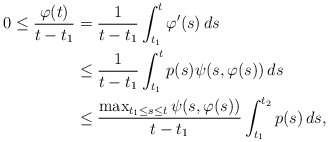
\begin{align*}0 \le \dfrac{\varphi(t)}{t-t_1} &= \dfrac{1}{t-t_1}\int_{t_1}^t{\varphi'(s) \, ds} \\& \le \dfrac{1}{t-t_1}\int_{t_1}^t{p(s) \psi(s,\varphi(s)) \, ds} \\& \le \dfrac{\max_{t_1 \le s \le t}\psi(s,\varphi(s))}{t-t_1}\int_{t_1}^{t_2}{p(s) \, ds},\end{align*}